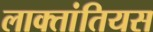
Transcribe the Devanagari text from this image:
लाक्तांतियस